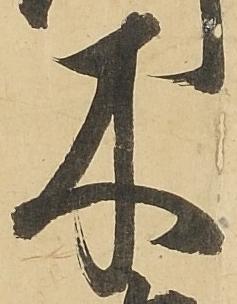
木